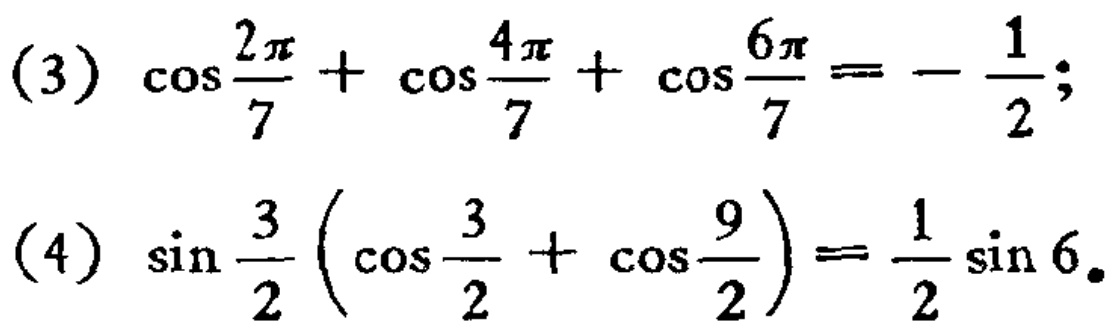
(3) \(\cos\frac{2\pi}{7}+\cos\frac{4\pi}{7}+\cos\frac{6\pi}{7}=-\frac{1}{2}\);

(4) \(\sin\frac{3}{2}(\cos\frac{3}{2}+\cos\frac{9}{2})=\frac{1}{2}\sin 6\)